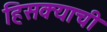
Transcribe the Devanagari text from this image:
हिसक्याची